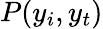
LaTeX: P(y_{i},y_{t})